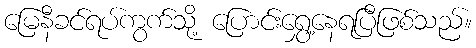
မြေနီခင်ရပ်ကွက်သို့ ပြောင်းရွှေ့နေရပြီဖြစ်သည်။